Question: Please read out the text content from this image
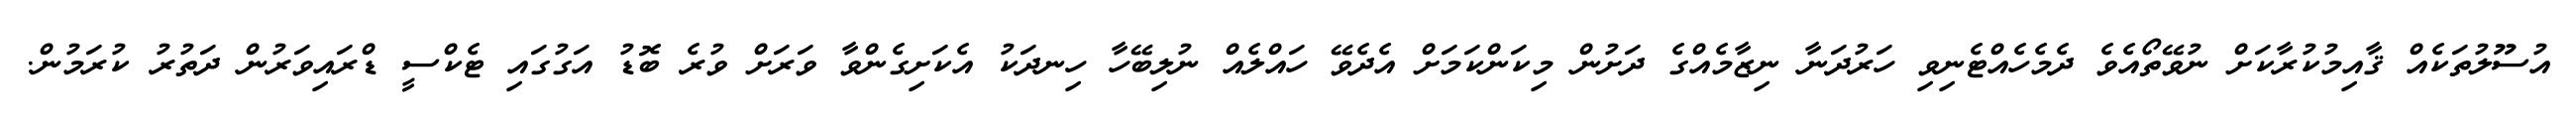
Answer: އުސޫލުތަކެއް ޤާއިމުކުރާކަށް ނުވޭތޯއެވެ ދެމެހެއްޓެނިވި ހަރުދަނާ ނިޒާމެއްގެ ދަށުން މިކަންކަމަށް އެދެވޭ ހައްލެއް ނުލިބޭހާ ހިނދަކު އެކަށިގެންވާ ވަރަށް ވުރެ ބޮޑު އަގުގައި ޓެކްސީ ޑްރައިވަރުން ދަތުރު ކުރަމުން.